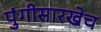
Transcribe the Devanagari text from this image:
पुंगीसारखेच